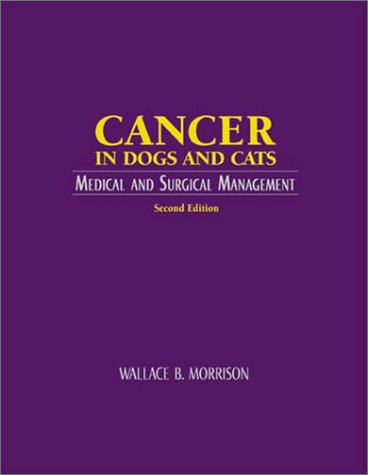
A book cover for Cancer in Dogs & Cats: Medical & Surgical Management; Wallace B. Morrison; Medical Books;